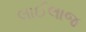
લાઈલાજ